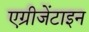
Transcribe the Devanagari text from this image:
एग्रीजेंटाइन